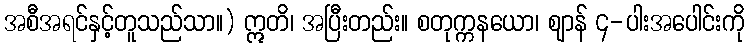
အစီအရင်နှင့်တူသည်သာ။) ဣတိ၊ အပြီးတည်း။ စတုက္ကနယော၊ ဈာန် ၄-ပါးအပေါင်းကို